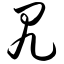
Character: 尻